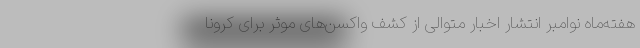
هفته‌ماه‌ نوامبر انتشار اخبار متوالی از کشف واکسن‌های موثر برای کرونا